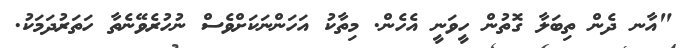
"އާނ ދެން ތިބަލާ ގޮތުން ހީވަނީ އެހެން. މިތާކު އަހަންނަކަށްވެސް ނުހުރެވޭނެތާ ހަތަރުދަމަކު.